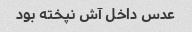
عدس داخل آش نپخته بود